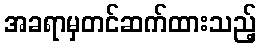
အခရာမှတင်ဆက်ထားသည့်